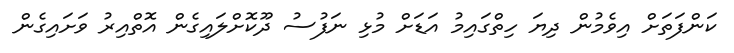
ކަންފަތަށް އިވެމުން ދިޔަ ހިތްގައިމު އަޑަށް މުޅި ނަފުސު ދޫކޮށްލައިގެން އޮތްއިރު ވަށައިގެން